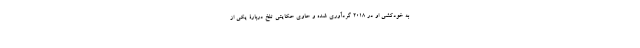
به خودکشی او در ۲۰۱۸ گردآوری شده و حاوی حکایتی تلخ دربارۀ یکی از